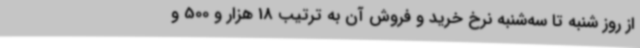
از روز شنبه تا سه‌شنبه نرخ خرید و فروش آن به ترتیب 18 هزار و 500 و